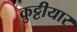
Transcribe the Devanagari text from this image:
कुट्टीयार